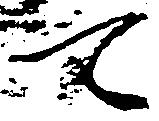
て